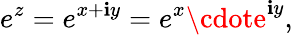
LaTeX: e^{z}=e^{x+\mathbf{i}y}=e^{x}\cdote^{\mathbf{i}y},